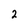
Character: 2